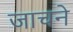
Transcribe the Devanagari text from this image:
जाचने